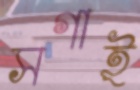
সগাই